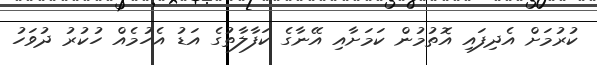
ކުރުމަށް އެދިފައި އޮތުމުން ކަމަށާއި އޭނާގެ ކަފާލާތުގެ އަޑު އެހުމެއް ހުކުރު ދުވަހު